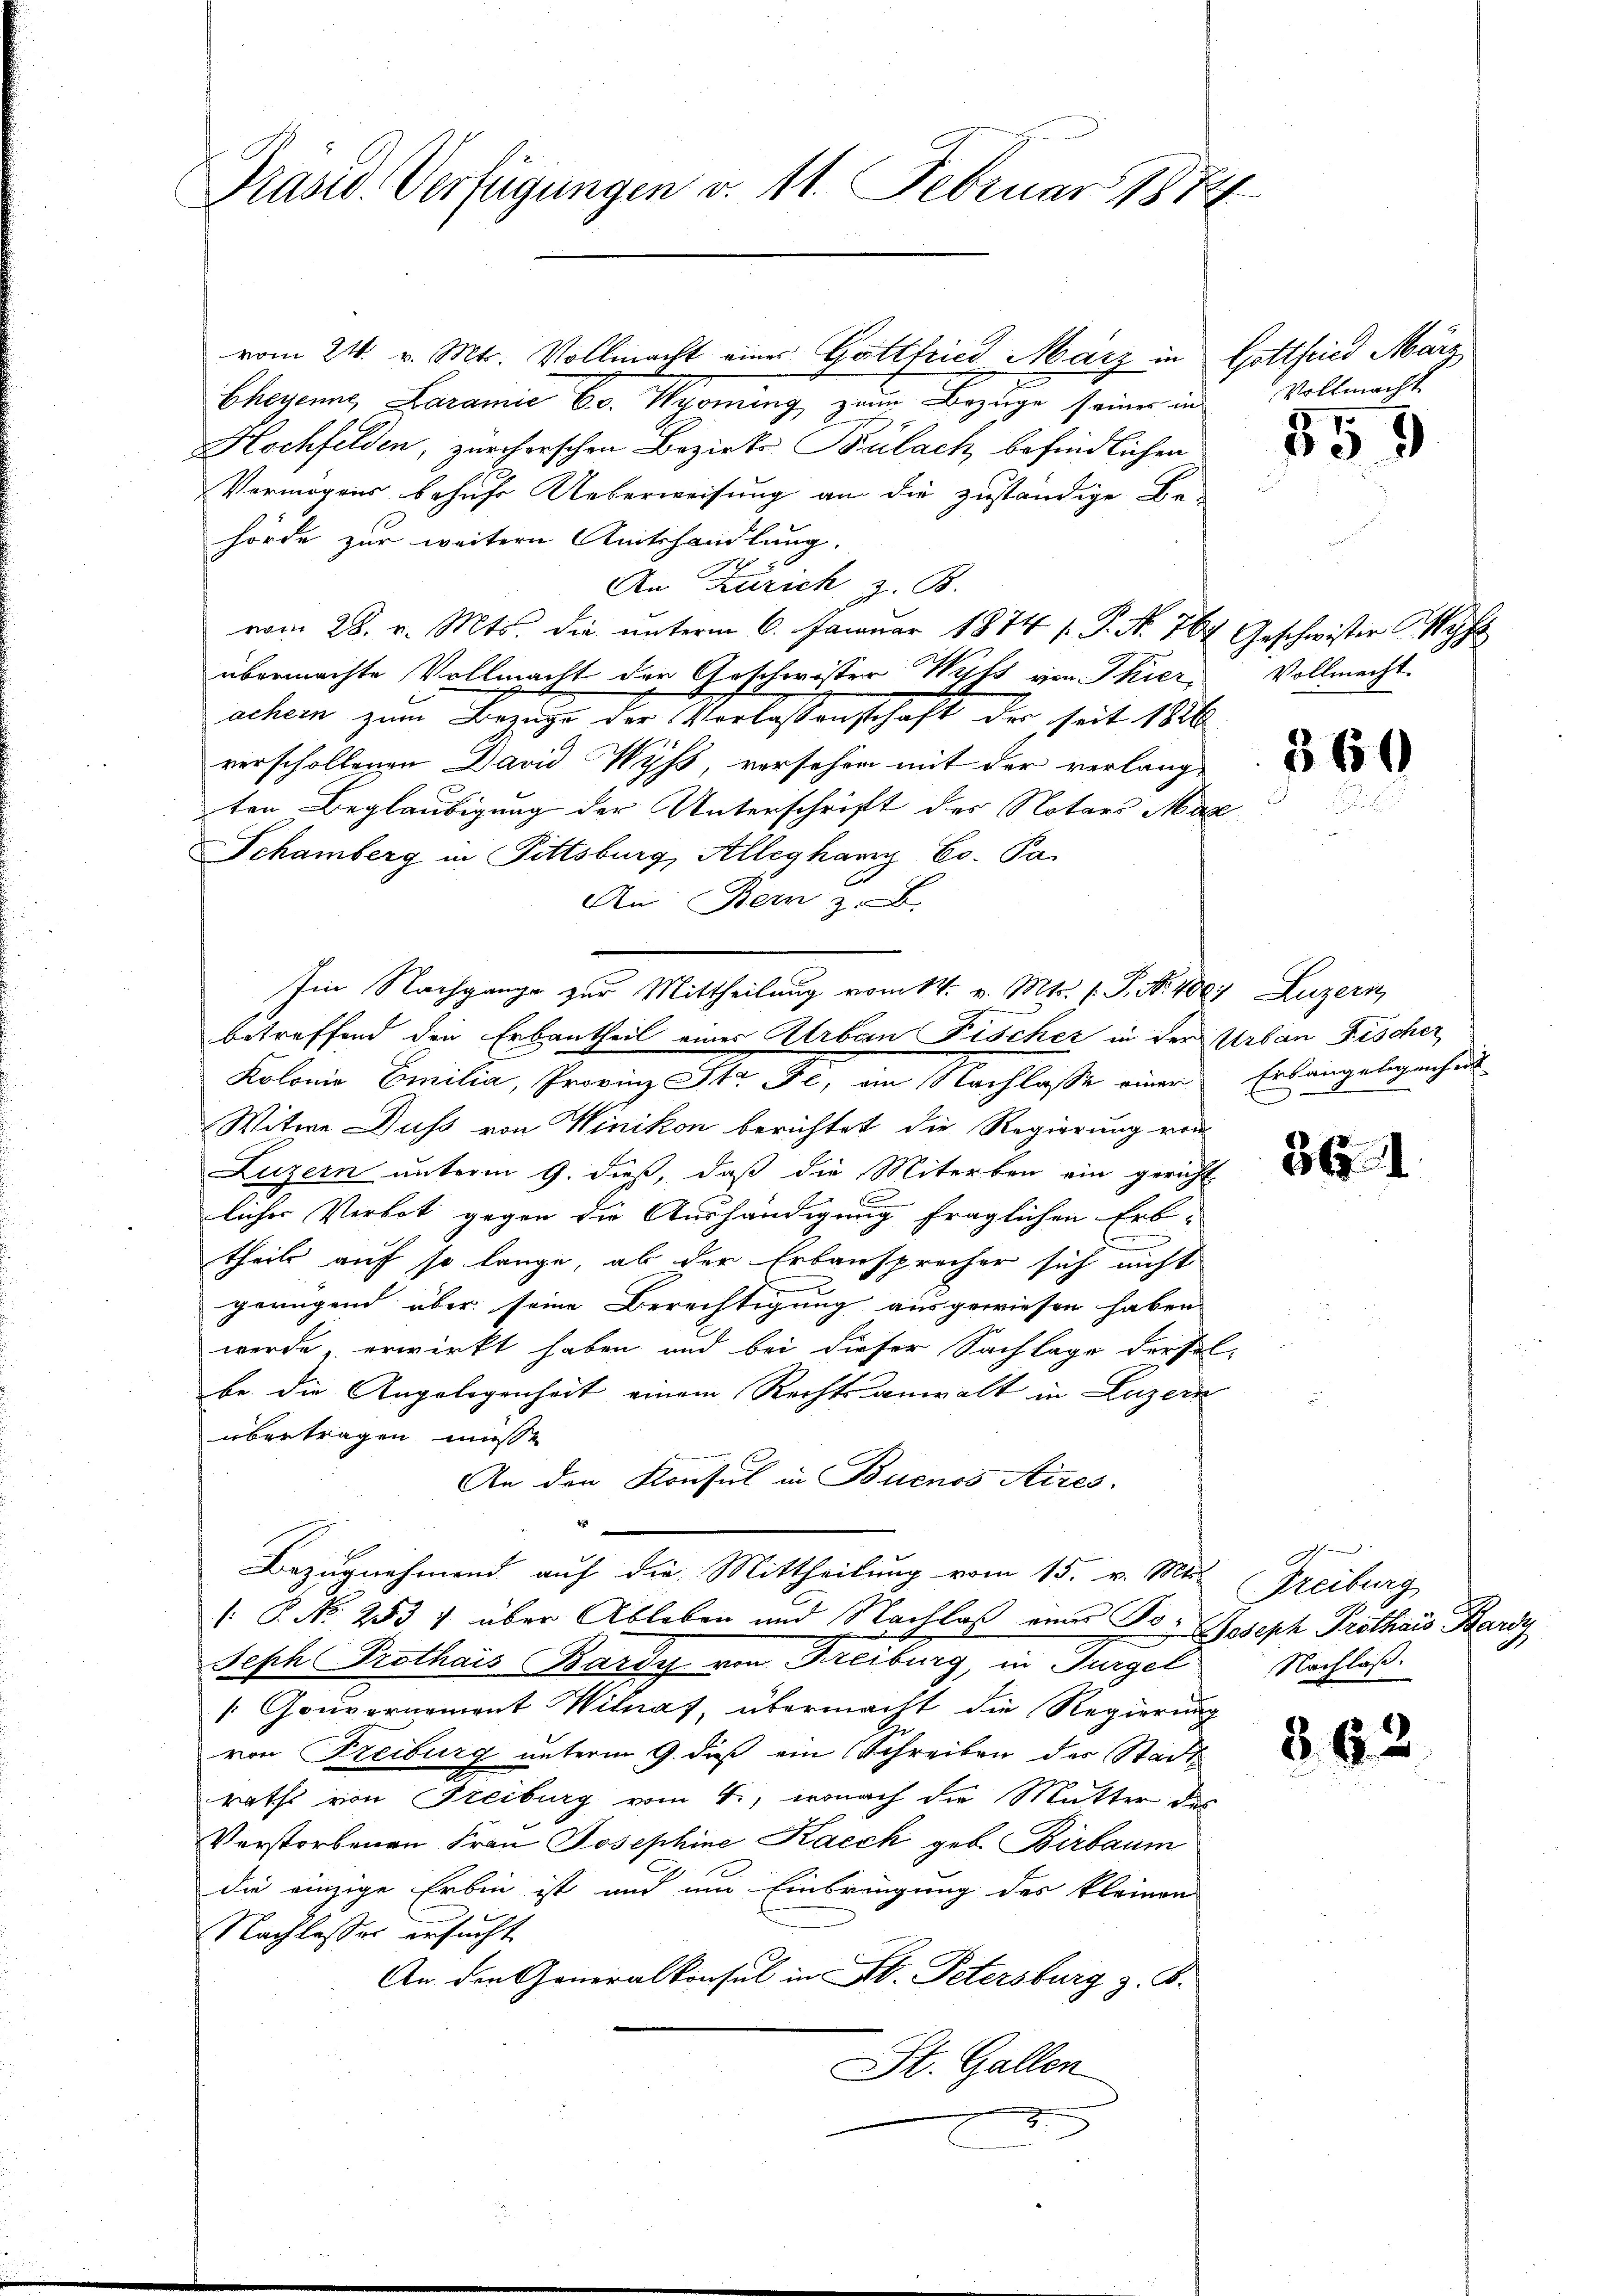
Präsid. Verfügungen d. 11. Februar 1874

vom 24. v. Mts. Vollmacht eines Gottfried März in
Chenenne, Laramie 60. Wyonung zum Bezüge seiner in
Hochfelden, zürcherschen Bezirks Bülach, befindlichen
Vermögens behufe Ueberweisung an die zuständige Behörde zur weitern Amtshandlung.
An Zürich z. B.
vom 28. v. Mts. die ŭnterm 6. Januar 1874 / P. Nr. 767. Geschwister Wys
übermachte Vollmacht der Geschwister Wits von Thieracher zum Bezuge der Verlassenschaft der seit 1886
verschollenen David Wyss, versehen mit der verlang-
ten Beglaubigung der Unterschrift des Notars Mar
Schamberg in Pittsburg, Alleghanz Co. Pa
An Bern z. B.
Kolonie Emilia, Provinz St. Je, am Nachlasse einer
Witwe Duss von Winikon berichtet die Regierung von
Luzern unterm 9. dieß, daß die Miterben ein gericht
licher Verbot gegen die Aushändigung fraglichen Erb-
theils auf so lange, ab der Erbansprecher sich nicht
gerügend über seine Berechtigung ausgewiesen haben
werde, erwirkt haben und bei dieser Sachlage dersel-
be. die Angelegenheit einem Rechtsanwalt in Luzern
übertragen müsst
An den Konsul in Buenos Aires.
Bezugnehmend auf die Mittheilung vom 15. v. Mts.
 P. No 253 1 über Ableben und Nachlaß einer To- Joseph Pröthais Kardy
Seph Prothaus Barty von Freiburg, in Turgel
" Gouvernement Witnas, übermacht die Regierŭng
von Freiburg unterm 9. dieß ein Schreiben des Stadtraths von Freiburg vom 1., wonach die Mutter des
Verstorbenen Frau Josephine Kaech geb. Birbaum
die einzige Erbin ist und um Einbringung des kleinen
Nachlasser ersucht
An den Generalkonsul in St. Petersburg z. B.
St. Gallen
5

Im Nachgange zur Mittheilung vom 14. v. Mts. 1. P. Nr. 400; Luzern
betreffend den Erbantheil eines Urban Fischer in der Urban Fischer

Gott sind März
Vollmacht

559

Vollmacht

e

360

Erlangelegenhe

361

362

Freiburg
Nachlaß.